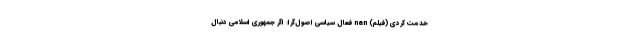
خدمت کردی (فیلم) nan فعال سیاسی اصول‌گرا: اگر جمهوری اسلامی دنبال